Plague in India, 1896, 1897 - Volume 3
Year: 1896
Disease focus: Plague
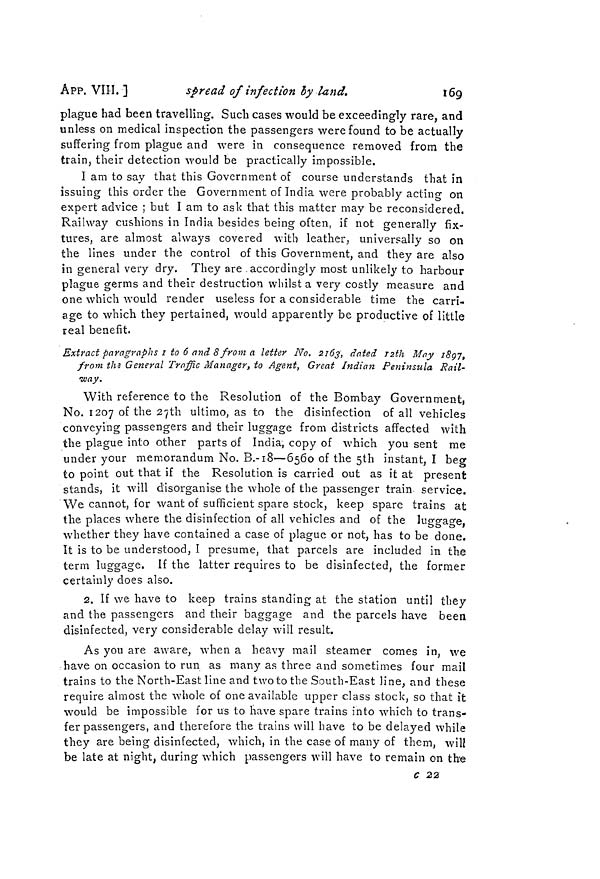
ÁPP. VIII. ]
spread of infection by land.
169
plague had been travelling. Such cases would be exceedingly rare, and
unless on medical inspection the passengers were found to be actually
suffering from plague and were in consequence removed from the
train, their detection would be practically impossible.
I am to say that this Government of course understands that in
issuing this order the Government of India were probably acting on
expert advice ; but I am to ask that this matter may be reconsidered.
Railway cushions in India besides being often, if not generally fix-
tures, are almost always covered with leather, universally so on
the lines under the control of this Government, and they are also
in general very dry. They are accordingly most unlikely to harbour
plague germs and their destruction whilst a very costly measure and
one which would render useless for a considerable time the carri-
age to which they pertained, would apparently be productive of little
real benefit,
Extract paragraphs 1 to 6 and 8 from a letter No. 2163, dated 12th May1897,
from the General Traffic Manager, to Agent, Great Indian Peninsula Rail-
way.
With reference to the Resolution of the Bombay Government,
No. 1207 of the 27th ultimo, as to the disinfection of all vehicles
conveying passengers and their luggage from districts affected with
the plague into other parts of India, copy of which you sent me
under your memorandum No. B.-18—6560 of the 5th instant, I beg
to point out that if the Resolution is carried out as it at present
stands, it will disorganise the whole of the passenger train service.
We cannot, for want of sufficient spare stock, keep spare trains at
the places where the disinfection of all vehicles and of the luggage,
whether they have contained a case of plague or not, has to be done.
It is to be understood, I presume, that parcels are included in the
term luggage. If the latter requires to be disinfected, the former
certainly does also.
2. If we have to keep trains standing at the station until they
and the passengers and their baggage and the parcels have been
disinfected, very considerable delay will result.
As you are aware, when a heavy mail steamer comes in, we
have on occasion to run as many as three and sometimes four mail
trains to the North-East line and two to the South-East line, and these
require almost the whole of one available upper class stock, so that it
would be impossible for us to have spare trains into which to trans-
fer passengers, and therefore the trains will have to be delayed while
they are being disinfected, which, in the case of many of them, will
be late at night, during which passengers will have to remain on the
C 22